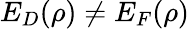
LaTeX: E_{D}(\rho)\neq E_{F}(\rho)